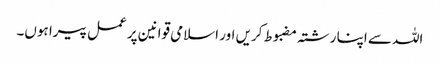
اللہ سے اپنا رشتہ مضبوط کریں اور اسلامی قوانین پر عمل پیرا ہوں۔